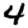
Digit: 4